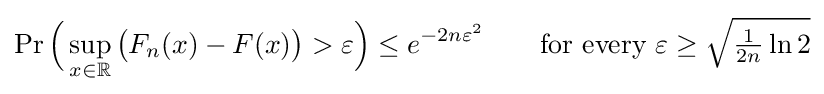
\Pr {\Bigl (}\sup _{x\in \mathbb {R} }{\bigl (}F_{n}(x)-F(x){\bigr )}>\varepsilon {\Bigr )}\leq e^{-2n\varepsilon ^{2}}\qquad {\text{for every }}\varepsilon \geq {\sqrt {{\tfrac {1}{2n}}\ln 2}}